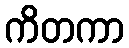
ကိတကာ